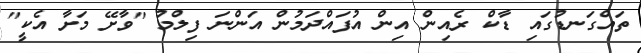
ތައްގަނޑުގައި ޑާކް ރެއިން އިން އުފައްދަމުން އަންނަ ފިލްމު "ވާށޭ މަށާ އެކީ"